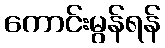
ကောင်းမွန်ရန်